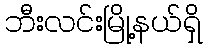
ဘီးလင်းမြို့နယ်ရှိ